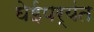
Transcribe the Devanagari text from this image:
घेईपर्यंत